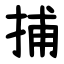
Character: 捕